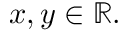
x , y \in \mathbb { R } .